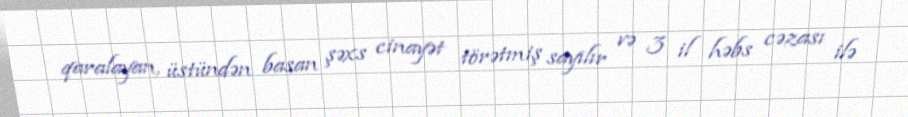
qaralayan, üstündən basan şəxs cinayət törətmiş sayılır və 3 il həbs cəzası ilə